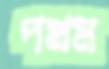
পখম